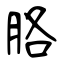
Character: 胳